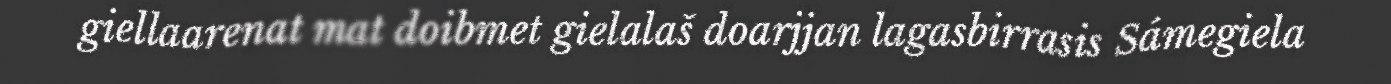
giellaarenat mat doibmet gielalaš doarjjan lagasbirrasis Sámegiela